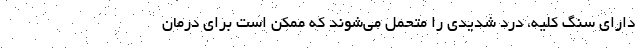
دارای سنگ کلیه، درد شدیدی را متحمل می‌شوند که ممکن است برای درمان